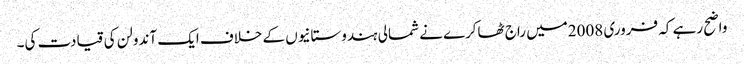
واضح رہے کہ فروری 2008میں راج ٹھاکرے نے شمالی ہندوستانیوں کے خلاف ایک آندولن کی قیادت کی۔